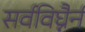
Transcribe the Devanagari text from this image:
सर्वविघ्नैर्न